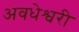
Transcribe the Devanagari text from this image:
अवधेश्वरी